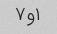
۱و۷